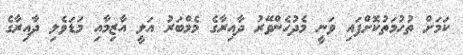
ކަމަށް ތުހުމަތުކޮށްފައި ވަނީ މެދުހެންވޭރު ދާއިރާގެ މެމްބަރު އަލީ އާޒިމާއި މަޑަވެލި ދާއިރާގެ